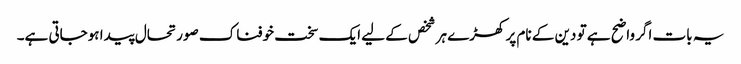
یہ بات اگر واضح ہے تو دین کے نام پر کھڑے ہر شخص کے لیے ایک سخت خوفناک صورتحال پیدا ہوجاتی ہے۔